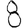
Digit: 8